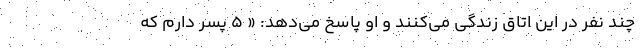
چند نفر در این اتاق زندگی می‌کنند و او پاسخ می‌دهد: « ۵ پسر دارم که